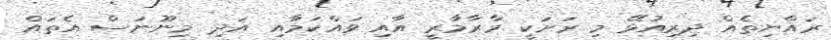
ރައްޔިތެއް ދިރިއުޅޭ މި ރަށަކީ މާރާމާރީ އާއި ވައްކަމާއި އަދި މިނޫނަސް އެތައް